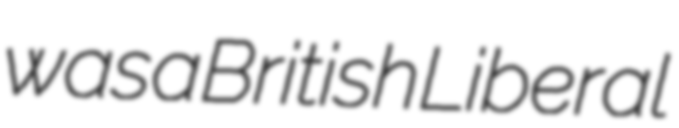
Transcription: was a British Liberal